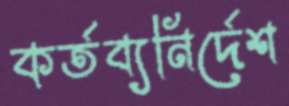
কর্তব্যনির্দেশ